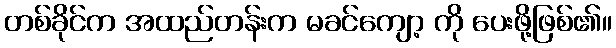
တစ်ခိုင်က အထည်တန်းက မခင်ကျော့ ကို ပေးဖို့ဖြစ်၏။